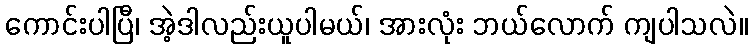
ကောင်းပါပြီ၊ အဲ့ဒါလည်းယူပါမယ်၊ အားလုံး ဘယ်လောက် ကျပါသလဲ။